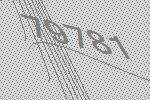
79781